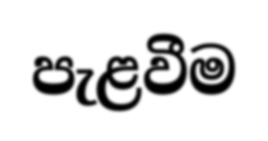
පැළවීම